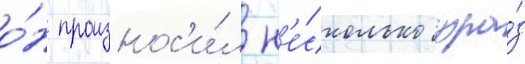
о́н произнос'и́л н'е́сколько фра́з